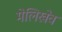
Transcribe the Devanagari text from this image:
मेलिखेव